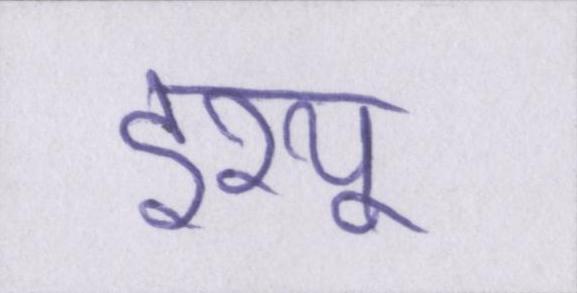
इश्यू